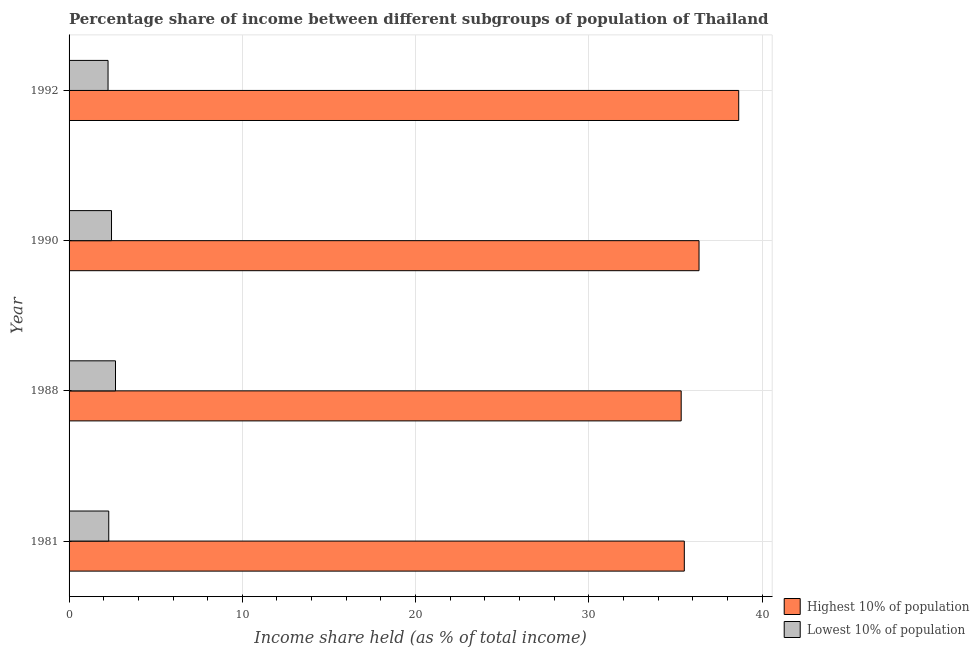
| Year | Highest 10% of population | Lowest 10% of population |
 | --- | --- | --- |
 | 1981 | 35.5 | 2.29 |
 | 1988 | 35.3 | 2.68 |
 | 1990 | 36.4 | 2.45 |
 | 1992 | 38.6 | 2.25 |